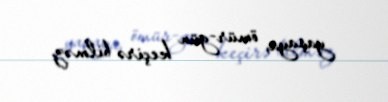
yaşaya, ömür-gün keçirə bilməz.